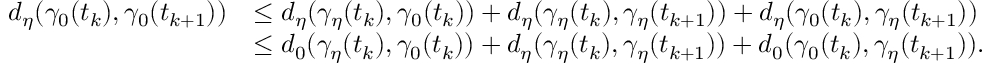
\begin{array} { r l } { d _ { \eta } ( \gamma _ { 0 } ( t _ { k } ) , \gamma _ { 0 } ( t _ { k + 1 } ) ) } & { \leq d _ { \eta } ( \gamma _ { \eta } ( t _ { k } ) , \gamma _ { 0 } ( t _ { k } ) ) + d _ { \eta } ( \gamma _ { \eta } ( t _ { k } ) , \gamma _ { \eta } ( t _ { k + 1 } ) ) + d _ { \eta } ( \gamma _ { 0 } ( t _ { k } ) , \gamma _ { \eta } ( t _ { k + 1 } ) ) } \\ & { \leq d _ { 0 } ( \gamma _ { \eta } ( t _ { k } ) , \gamma _ { 0 } ( t _ { k } ) ) + d _ { \eta } ( \gamma _ { \eta } ( t _ { k } ) , \gamma _ { \eta } ( t _ { k + 1 } ) ) + d _ { 0 } ( \gamma _ { 0 } ( t _ { k } ) , \gamma _ { \eta } ( t _ { k + 1 } ) ) . } \end{array}